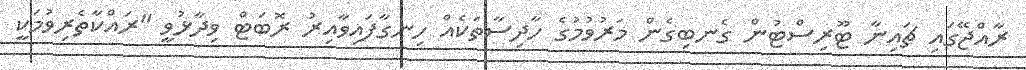
ރާއްޖޭގައި ޗައިނާ ޓޫރިސްޓުން ގެނބިގެން މަރުވުމުގެ ހާދިސާތަކެއް ހިނގާފައިވާއިރު ރޮބަޓް ވިދާޅުވީ "ރައްކާތެރިވުމަކީ